Vaccine operations Central Provinces 1886-1899 - 1886-1899
Year: 1886
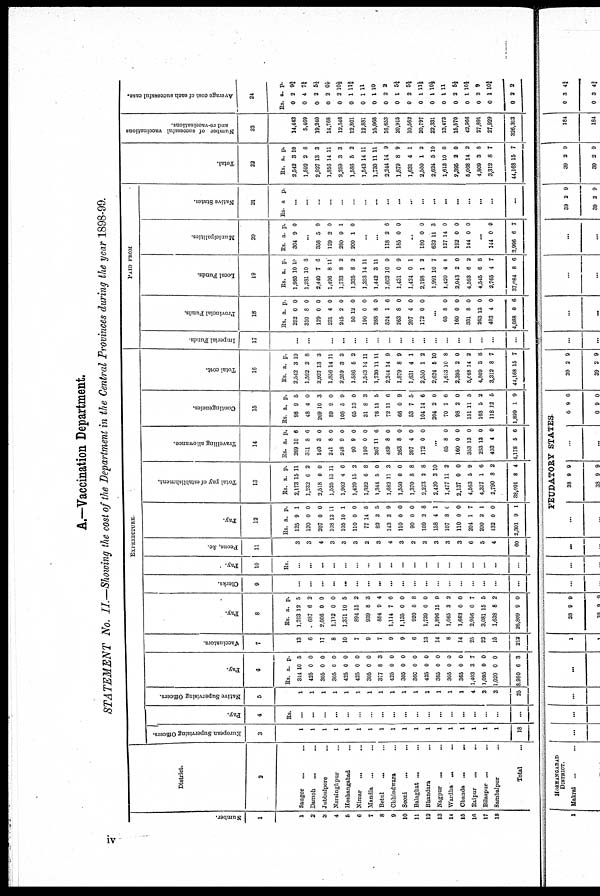
A.—Vaccination Department.
STATEMENT No. II.—Showing the cost of the Department in the Central Provinces during the year 1898-99.
Number.
1
1
2
3
4
5
6
7
8
9
10
11
12
13
14
15
16
17
18
District.
2
Saugor ... ...
Damoh
...
...
Jubbulpore
...
Narsinghpur …
Hoshangabad …
Nimar ... ...
Mandla ... ...
Betul
... ...
Chhindwara ...
Seoni
... ...
Balaghat ...
...
Bhandara ...
Nagpur ...
...
Wardha ... ...
Chanda ...
...
Raipur
...
...
Bilaspur ... ...
Sambalpur
...
Total ...
EXPENDITURE
European Supervising Officers.
3
1
1
1
1
1
1
1
1
1
1
1
1
1
1
1
1
1
1
18
Pay.
4
Rs.
...
...
...
...
...
...
...
...
...
...
...
...
...
...
...
...
...
...
...
Native Supervising Officers.
5
1
1
1
1
1
1
1
1
1
1
1
1
1
1
1
4
3
3
25
Pay.
6
Rs.
344
425
305
305
425
425
305
377
425
305
360
425
365
305
365
1,403
1,095
1,020
3,980
a.
10
0
0
0
0
0
0
8
0
0
0
0
0
0
0
3
0
0
6
p.
5
0
0
0
0
0
0
3
0
0
0
0
0
0
0
7
0
0
3
Vaccinators.
7
13
6
17
8
10
7
9
7
9
9
6
13
14
8
14
25
22
15
212
Pay
8
Rs.
1,703
687
2,006
1,112
1,371
894
939
884
1,114
1,135
920
1,739
1,896
1,065
1,662
2,956
3,081
1,638
26,809
a.
12
6
0
0
10
15
8
9
7
0
8
0
15
3
0
0
15
8
9
p.
5
2
0
0
5
2
3
4
6
0
8
0
9
2
0
7
5
2
0
Clerks.
9
...
...
...
...
...
...
...
...
...
...
...
...
...
...
...
...
...
...
...
Pay
10
Rs.
...
...
..
...
...
...
...
...
...
...
...
...
...
...
...
...
...
...
...
Peons, &c.
11
3
3
4
3
3
3
2
3
4
3
2
3
3
3
3
6
5
4
60
Pay
12
Rs.
125
120
207
108
105
110
77
82
143
110
90
109
158
107
110
204
200
132
2,301
a.
9
0
0
13
10
0
14
3
3
0
0
2
4
8
0
1
2
0
9
p.
1
0
0
11
1
0
5
5
9
0
0
8
1
0
0
7
1
0
1
Total pay of establishment.
13
Rs.
2,173
1,232
3,518
1,525
1,902
1,429
1,322
1,344
1,682
1,550
1,370
2,273
2,420
1,477
2,137
4,563
4,377
2,790
38,091
a.
15
6
0
13
4
15
6
5
11
0
8
2
3
11
0
5
1
8
8
p.
11
2
0
11
6
2
8
0
3
0
8
8
10
2
0
9
6
2
4
Travelling allowance.
14
Rs.
269
311
140
241
248
90
190
307
489
263
207
172
a.
10
8
3
8
9
9
0
11
8
8
4
0
p.
6
6
0
0
0
0
0
6
0
0
0
0
...
65
160
353
263
403
4,178
8
0
13
13
4
5
0
0
0
0
0
6
Contingencies.
15
Rs.
98
48
269
89
108
65
31
78
72
66
53
104
204
70
98
151
168
118
1,899
a.
9
4
10
9
5
13
8
11
11
0
7
14
2
7
2
11
5
12
1
p.
5
0
3
0
9
0
3
5
6
9
5
6
0
6
0
5
2
5
9
Total cost.
16
Rs.
2,542
1,592
2,927
1,856
2,259
1,586
1,543
1,730
2,244
1,879
1,631
2,550
2,624
1,613
2,395
5,068
4,809
3,312
41,168
a.
3
2
13
14
3
5
14
11
14
8
4
1
5
10
2
14
3
8
15
p.
10
8
3
11
3
2
11
11
9
9
1
2
10
8
0
2
8
7
7
PAID FROM
Imperial Funds
17
...
...
...
...
...
...
...
...
...
...
...
...
...
...
...
...
...
...
...
Provincial Funds.
18
Rs.
253
310
129
231
245
50
190
288
524
263
207
172
a.
0
8
0
4
2
12
0
8
1
8
4
0
p.
0
0
0
0
0
0
0
0
6
0
0
0
...
65
160
331
263
403
4,088
8
0
8
13
4
0
0
0
0
0
0
6
Local Funds.
19
Rs.
1,985
1,281
3,440
1,496
1,733
1,335
1,353
1,442
1,603
1,431
1,424
2,198
1,991
1,420
2,043
4,593
1,545
2,765
37,084
a.
10
10
7
8
8
8
14
3
10
0
0
1
10
4
2
6
6
4
8
p.
10
8
6
11
2
2
11
11
9
9
1
2
7
8
0
2
8
7
6
Municipalities.
20
Rs.
304
a
9
p.
0
...
358
129
280
200
5
2
9
1
9
0
1
0
...
...
118
185
2
0
6
0
...
180
632
127
192
144
0
11
14
0
0
0
3
0
0
0
...
144
3,996
0
6
0
7
Nat i
ve St at es.
21
Rs. a. p.
...
...
...
...
...
...
...
...
...
...
...
...
...
...
...
...
...
...
...
Total.
22
Rs.
2,542
1,592
2,927
1,856
2,259
1,586
1,513
1,730
2,244
1,879
1,631
2,530
2,624
1,613
2,395
5,068
4,809
3,312
44,168
a.
3
2
13
14
3
5
14
11
14
8
4
1
5
10
2
14
3
8
15
p.
10
8
3
11
3
2
11
11
9
9
1
2
10
8
0
2
8
7
7
Number of successful vaccinations
and re-vaccinations.
23
14,443
5,469
19,240
14,768
12,516
12,801
12,881
15,068
16,653
20,915
10,562
20,797
22,331
13,173
15,570
42,966
27,891
27,929
326,363
Average cost of each successful case.
24
Rs.
0
0
0
0
0
0
0
0
0
0
0
0
0
0
0
0
0
0
0
a
2
4
2
2
2
1
1
1
2
1
2
1
1
1
2
1
2
1
2
p.
9¾
7¾
5½
0 1/7
10½
11¾
11
10
2
5¼
5½
11½
10½
11
5½
10½
9
10¾
2
iv